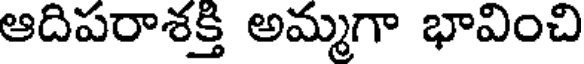
ఆదిపరాశక్తి అమ్మగా భావించి